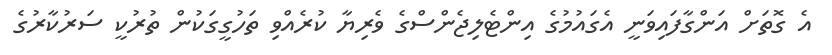
އެ ގޮތަށް އަންގާފައިވަނީ އެގައުމުގެ އިންޓެލިޖެންސްގެ ވެރިޔާ ކުރެއްވި ތަހުގީގަކުން ތުރުކީ ސަރުކާރުގެ